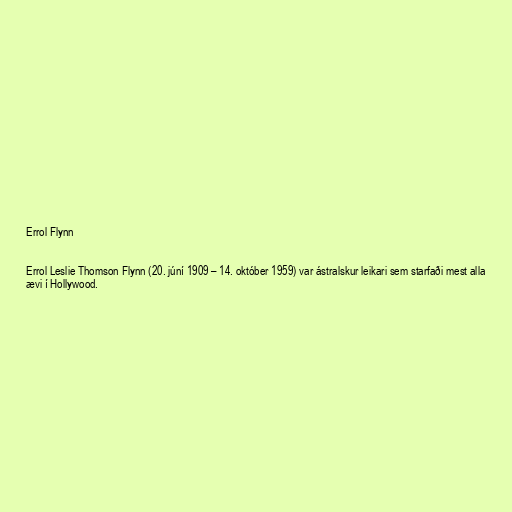
Errol Flynn

Errol Leslie Thomson Flynn (20. júní 1909 – 14. október 1959) var ástralskur leikari sem starfaði mest alla
ævi í Hollywood.